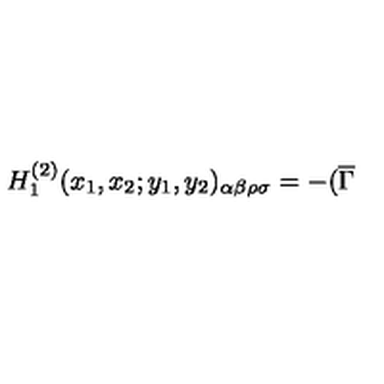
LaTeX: H _ { 1 } ^ { ( 2 ) } ( x _ { 1 } , x _ { 2 } ; y _ { 1 } , y _ { 2 } ) _ { \alpha \beta \rho \sigma } = - ( \overline { { \Gamma } }